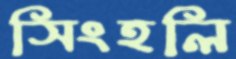
সিংহলি